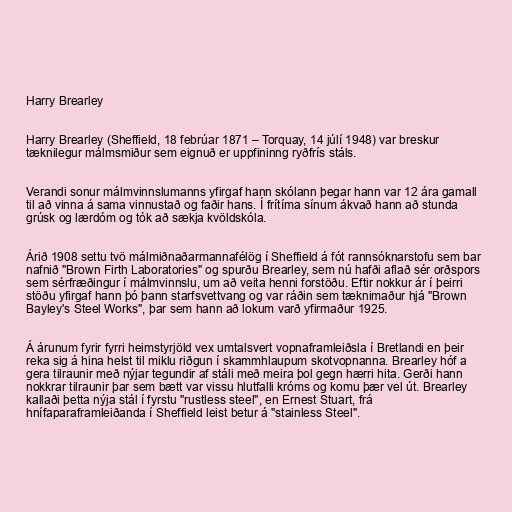
Harry Brearley

Harry Brearley (Sheffield, 18 febrúar 1871 – Torquay, 14 júlí 1948) var breskur
tæknilegur málmsmiður sem eignuð er uppfininng ryðfrís stáls.

Verandi sonur málmvinnslumanns yfirgaf hann skólann þegar hann var 12 ára gamall
til að vinna á sama vinnustað og faðir hans. Í frítíma sínum ákvað hann að stunda
grúsk og lærdóm og tók að sækja kvöldskóla.

Árið 1908 settu tvö málmiðnaðarmannafélög í Sheffield á fót rannsóknarstofu sem bar
nafnið "Brown Firth Laboratories" og spurðu Brearley, sem nú hafði aflað sér orðspors
sem sérfræðingur í málmvinnslu, um að veita henni forstöðu. Eftir nokkur ár í þeirri
stöðu yfirgaf hann þó þann starfsvettvang og var ráðin sem tæknimaður hjá "Brown
Bayley's Steel Works", þar sem hann að lokum varð yfirmaður 1925.

Á árunum fyrir fyrri heimstyrjöld vex umtalsvert vopnaframleiðsla í Bretlandi en þeir
reka sig á hina helst til miklu riðgun í skammhlaupum skotvopnanna. Brearley hóf a
gera tilraunir með nýjar tegundir af stáli með meira þol gegn hærri hita. Gerði hann
nokkrar tilraunir þar sem bætt var vissu hlutfalli króms og komu þær vel út. Brearley
kallaði þetta nýja stál í fyrstu "rustless steel", en Ernest Stuart, frá
hnífaparaframleiðanda í Sheffield leist betur á "stainless Steel".